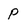
Character: p